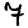
Digit: 7